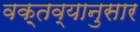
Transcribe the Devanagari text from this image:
वक़्तव्यानुसार